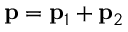
{ \bf p } = { \bf p } _ { 1 } + { \bf p } _ { 2 }